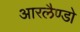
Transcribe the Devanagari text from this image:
आरलैण्डो